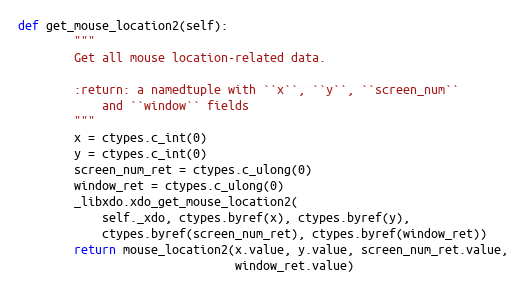
Language: Python
def get_mouse_location2(self):
        """
        Get all mouse location-related data.

        :return: a namedtuple with ``x``, ``y``, ``screen_num``
            and ``window`` fields
        """
        x = ctypes.c_int(0)
        y = ctypes.c_int(0)
        screen_num_ret = ctypes.c_ulong(0)
        window_ret = ctypes.c_ulong(0)
        _libxdo.xdo_get_mouse_location2(
            self._xdo, ctypes.byref(x), ctypes.byref(y),
            ctypes.byref(screen_num_ret), ctypes.byref(window_ret))
        return mouse_location2(x.value, y.value, screen_num_ret.value,
                               window_ret.value)